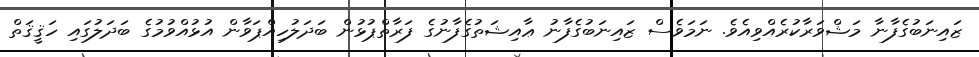
ޒައިނަބުގެފާނާ މަޝްވަރާކުރެއްވިއެވެ. ނަމަވެސް ޒައިނަބުގެފާނު ޢާއިޝަތުގެފާނުގެ ފަރާތްޕުޅުން ބަދަލުހިއްޕަވާން އުޅުއްވުމުގެ ބަދަލުގައި ހަޤީޤަތް